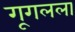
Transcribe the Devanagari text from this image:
गूगलला